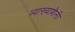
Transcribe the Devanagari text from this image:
व्याख्याशैली